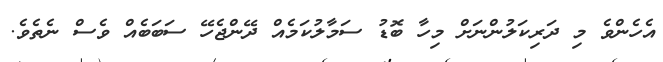
އެހެންވެ މި ދަރިކަލުންނަށް މިހާ ބޮޑު ސަމާލުކަމެއް ދޭންޖެހޭ ސަބަބެއް ވެސް ނެތެވެ.